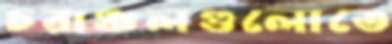
চরাঞ্চলগুলোতে